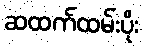
ဆထက်ထမ်းပိုး